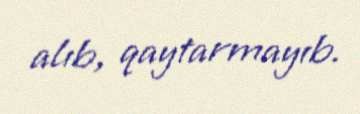
alıb, qaytarmayıb.